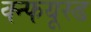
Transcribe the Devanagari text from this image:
क्न्फयूस्ड